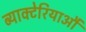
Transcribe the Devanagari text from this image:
ब्याक्टेरियाऔं